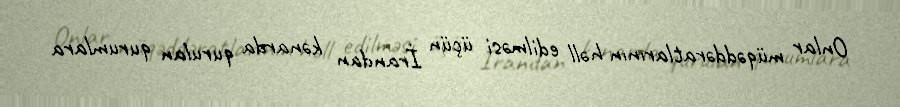
Onlar müqəddəratlarının həll edilməsi üçün İrandan kənarda qurulan qurumlara